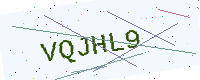
Text: VQJHL9